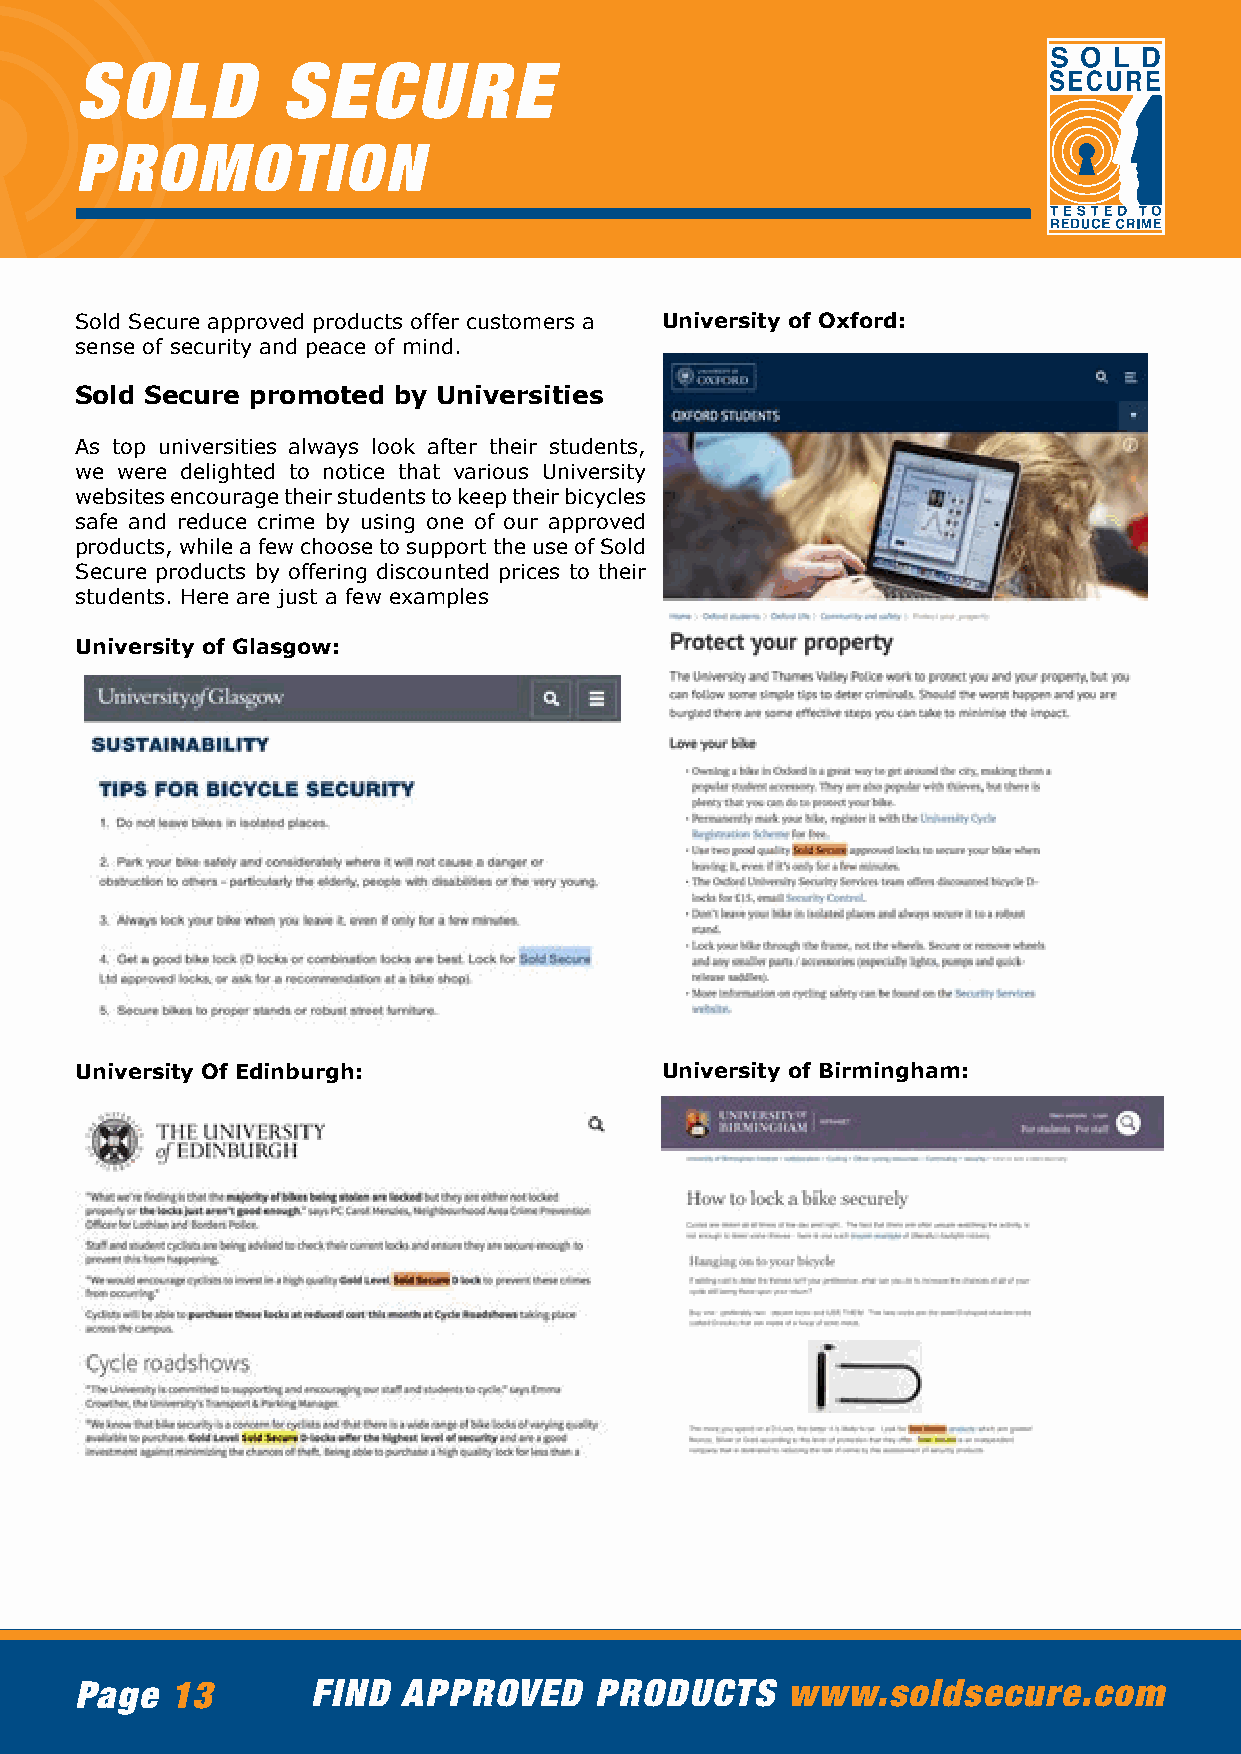
SOLD          SECURE
 PROMOTION
 Sold Secure approved products offer customers a University of Oxford:
 sense of security and peace of mind.
 Sold Secure promoted by Universities
 As top universities always look after their students,
 we were delighted to notice that various University
 websites encourage their students to keep their bicycles
 safe and reduce crime by using one of our approved
 products, while a few choose to support the use of Sold
 Secure products by offering discounted prices to their
 students. Here are just a few examples
 University of Glasgow:
 University Of Edinburgh:               University of Birmingham:
 Page  13        FIND  APPROVED    PRODUCTS     www.soldsecure.com